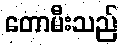
တောမီးသည်